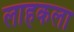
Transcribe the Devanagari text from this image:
लाहकला